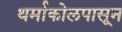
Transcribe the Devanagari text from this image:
थर्माकोलपासून